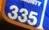
335